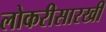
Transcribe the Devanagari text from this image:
लोकरीसारखी